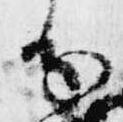
分